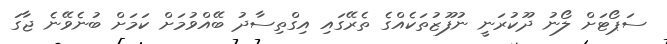
ސަޕޯޓަށް ލޯނު ދޫކުރަނީ ނުފޫޒުތަކެއްގެ ތެރޭގައި އިގްތިސާދު ބޭއްވުމަށް ކަމަށް ބުނެވޭނެ ޖާގަ